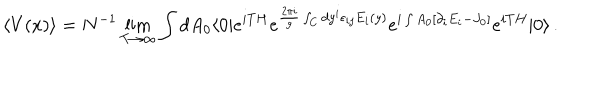
\langle V ( x ) \rangle = N ^ { - 1 } \lim _ { T \rightarrow \infty } \int d A _ { 0 } \langle 0 | e ^ { i T H } e ^ { { \frac { 2 \pi i } { g } } \int _ { C } d y ^ { i } \epsilon _ { i j } E _ { i } ( y ) } e ^ { i \int A _ { 0 } [ \partial _ { i } E _ { i } - J _ { 0 } ] } e ^ { i T H } | 0 \rangle \, .